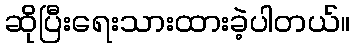
ဆိုပြီးရေးသားထားခဲ့ပါတယ်။